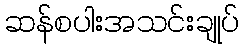
ဆန်စပါးအသင်းချုပ်